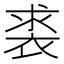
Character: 裘